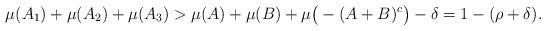
LaTeX: \begin{align*}\mu(A_1)+\mu(A_2)+\mu(A_3)> \mu(A)+\mu(B)+ \mu\big(- (A+B)^c\big)- \delta = 1-(\rho+\delta).\end{align*}